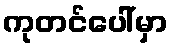
ကုတင်ပေါ်မှာ